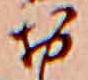
お